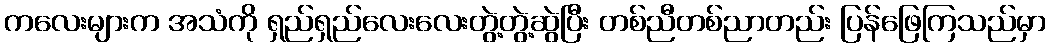
ကလေးများက အသံကို ရှည်ရှည်လေးလေးတွဲ့တွဲ့ဆွဲပြီး တစ်ညီတစ်ညာတည်း ပြန်ဖြေကြသည်မှာ